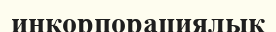
инкорпорациялық